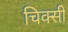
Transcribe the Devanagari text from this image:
चिक्सी